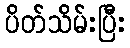
ပိတ်သိမ်းပြီး